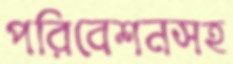
পরিবেশনসহ